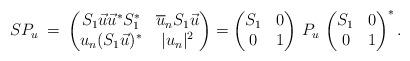
LaTeX: \begin{align*} SP_{u} \:=\: \begin{pmatrix} S_{1} \vec{u} \vec{u}^{*} S_{1}^{*} & \overline{u}_{n} S_{1} \vec{u} \\ u_{n} ( S_{1} \vec{u} )^{*} & |u_{n}|^{2} \end{pmatrix} = \begin{pmatrix} S_{1} & 0 \\ 0 & 1 \end{pmatrix} \, P_{u} \, \begin{pmatrix} S_{1} & 0 \\ 0 & 1 \end{pmatrix}^{*}.\end{align*}